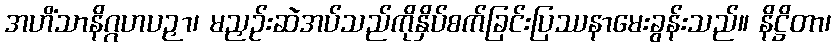
အဟိံသာနိဂ္ဂဟပဉှာ၊ မညှဉ်းဆဲအပ်သည်ကိုနှိပ်စက်ခြင်းပြဿနာမေးခွန်းသည်။ နိဋ္ဌိတာ၊